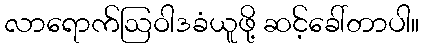
လာရောက်ဩဝါဒခံယူဖို့ ဆင့်ခေါ်တာပါ။